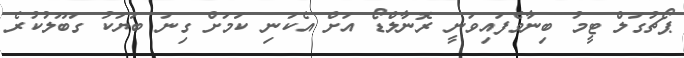
ޕޯޗުގަލް ޓީމު ބިނާވެފައިވަނީ ރޮނާލްޑޯ އަށް އެކަނި ކަމަށް ގިނަ ބަޔަކު ގަބޫލުކުރެ